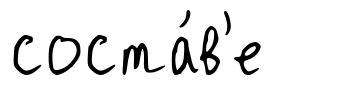
соста́в'е